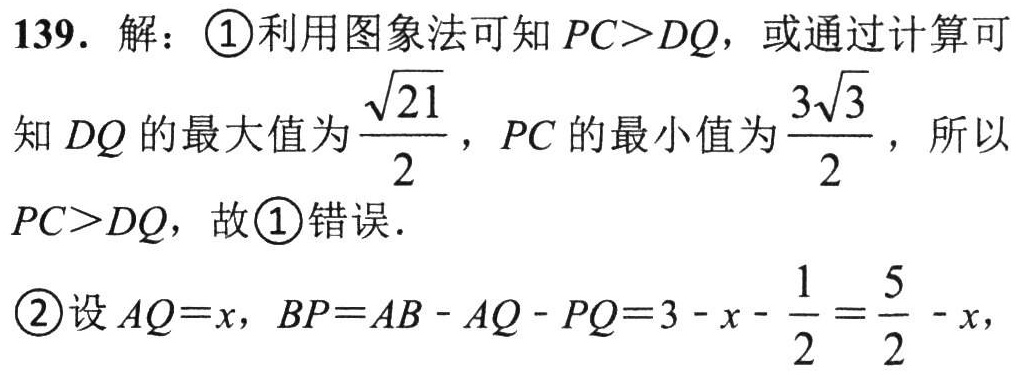
139. 解：\textcircled{1}利用图象法可知 \(PC > DQ\)，或通过计算可知 \(DQ\)的最大值为\(\frac{\sqrt{21}}{2}\)，\(PC\)的最小值为\(\frac{3\sqrt{3}}{2}\)，所以 \(PC > DQ\)，故\textcircled{1}错误．
\textcircled{2}设\(AQ = x\)，\(BP=AB - AQ - PQ=3 - x-\frac{1}{2}=\frac{5}{2}-x\)，